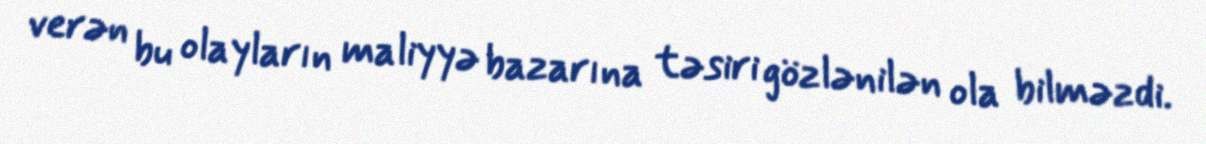
verən bu olayların maliyyə bazarına təsiri gözlənilən ola bilməzdi.